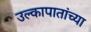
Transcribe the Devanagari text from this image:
उल्कापातांच्या